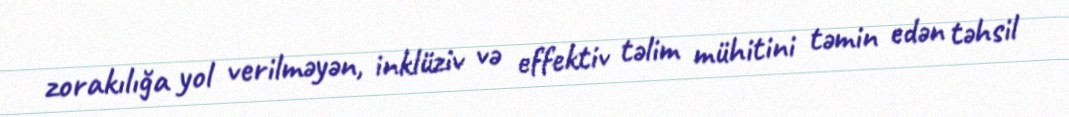
zorakılığa yol verilməyən, inklüziv və effektiv təlim mühitini təmin edən təhsil